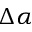
\Delta \alpha